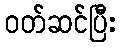
ဝတ်ဆင်ပြီး